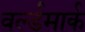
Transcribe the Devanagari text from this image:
वर्ल्डमार्क